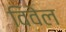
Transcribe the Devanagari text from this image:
विवेल